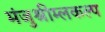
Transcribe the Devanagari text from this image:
मंजुश्रीम्लकल्प